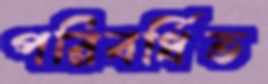
পরিবর্ধিত